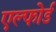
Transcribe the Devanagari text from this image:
एल्फोर्ड